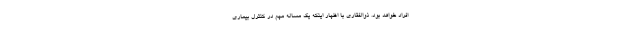
افراد خواهد بود. ذوالفقاری با اظهار اینکه یک مساله مهم در کنترل بیماری